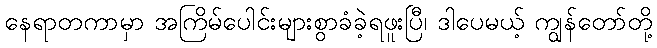
နေရာတကာမှာ အကြိမ်ပေါင်းများစွာခံခဲ့ရဖူးပြီ၊ ဒါပေမယ့် ကျွန်တော်တို့